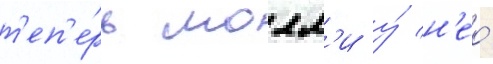
т'еп'е́рь молл'и у́ н'ео́